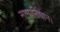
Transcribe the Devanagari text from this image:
नामानिधान।